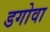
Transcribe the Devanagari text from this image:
डगोवा